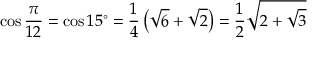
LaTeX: \cos { \frac { \pi } { 1 2 } } = \cos 1 5 ^ { \circ } = { \frac { 1 } { 4 } } \left( { \sqrt { 6 } } + { \sqrt { 2 } } \right) = { \frac { 1 } { 2 } } { \sqrt { 2 + { \sqrt { 3 } } } }